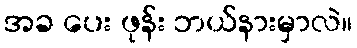
အခ ပေး ဖုန်း ဘယ်နားမှာလဲ။